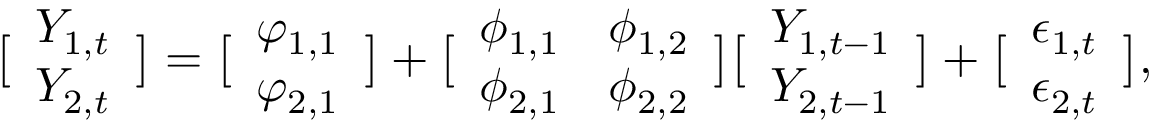
\bigl [ \begin{array} { l } { Y _ { 1 , t } } \\ { Y _ { 2 , t } } \end{array} \bigr ] = \bigl [ \begin{array} { l } { \varphi _ { 1 , 1 } } \\ { \varphi _ { 2 , 1 } } \end{array} \bigr ] + \bigl [ \begin{array} { l l } { \phi _ { 1 , 1 } } & { \phi _ { 1 , 2 } } \\ { \phi _ { 2 , 1 } } & { \phi _ { 2 , 2 } } \end{array} \bigr ] \bigl [ \begin{array} { l } { Y _ { 1 , t - 1 } } \\ { Y _ { 2 , t - 1 } } \end{array} \bigr ] + \bigl [ \begin{array} { l } { \epsilon _ { 1 , t } } \\ { \epsilon _ { 2 , t } } \end{array} \bigr ] ,